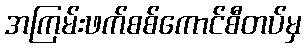
အကြမ်းဖက်စစ်ကောင်စီတပ်မှ